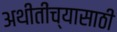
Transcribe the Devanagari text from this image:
अथीतींच्यासाठी